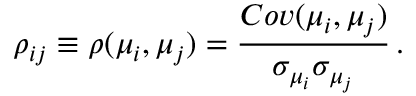
\rho _ { i j } \equiv \rho ( \mu _ { i } , \mu _ { j } ) = \frac { C o v ( \mu _ { i } , \mu _ { j } ) } { \sigma _ { \mu _ { i } } \sigma _ { \mu _ { j } } } \, .